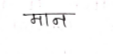
मजकूर: मान